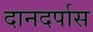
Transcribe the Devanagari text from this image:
दानदर्पास